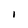
Character: 1